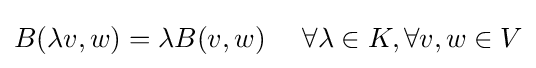
B(\lambda v,w)=\lambda B(v,w)\ \quad \forall \lambda \in K,\forall v,w\in V